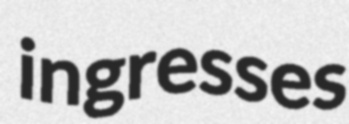
ingresses